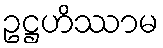
ဥဋ္ဌဟိဿာမ